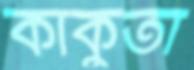
কাকুতা